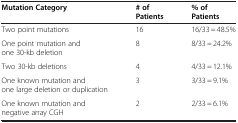
| Mutation Category | # of Patients | % of Patients |
 | --- | --- | --- |
 | Two point mutations | 16 | 16/33 = 48.5% |
 | One point mutation and one 30-kb deletion | 8 | 8/33 = 24.2% |
 | Two 30-kb deletions | 4 | 4/33 = 12.1% |
 | One known mutation and one large deletion or duplication | 3 | 3/33 = 9.1% |
 | One known mutation and negative array CGH | 2 | 2/33 = 6.1% |